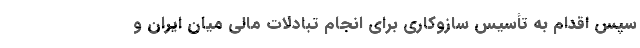
سپس اقدام به تأسیس سازوکاری برای انجام تبادلات مالی میان ایران و